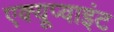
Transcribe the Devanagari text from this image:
एक्यूप्वाइंट